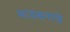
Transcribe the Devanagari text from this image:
माडबनांचे